Lunatic asylums in Bengal annual reports 1912-1924 - 1912-1924
Year: 1912
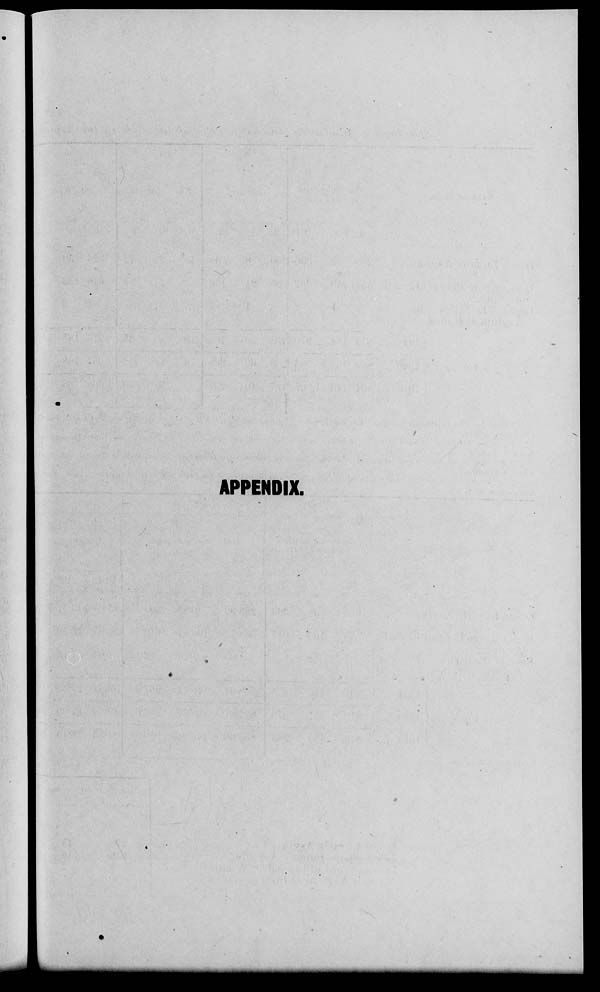
APPENDIX.